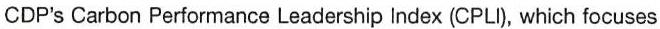
CDP's Carbon Performance Leadership Index (CPLI), which focuses